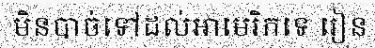
មិនបាច់ទៅដល់អាមេរិកទេ រៀន